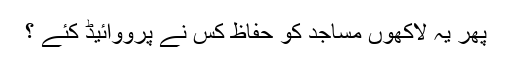
پھر یہ لاکھوں مساجد کو حفاظ کس نے پرووائیڈ کئے ؟